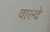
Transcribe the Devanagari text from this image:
वाल्दे